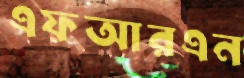
এফআরএন